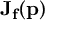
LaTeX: \mathbf { J } _ { \mathbf { f } } ( \mathbf { p } )